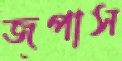
জপাস